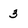
Character: 3